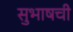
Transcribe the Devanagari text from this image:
सुभाषची